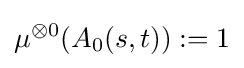
\mu ^{\otimes 0}(A_{0}(s,t)):=1